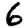
Digit: 6